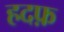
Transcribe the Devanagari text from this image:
हदफ़